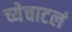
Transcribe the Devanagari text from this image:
च्येचाटलं